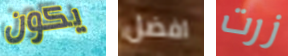
يكون افضل زرت